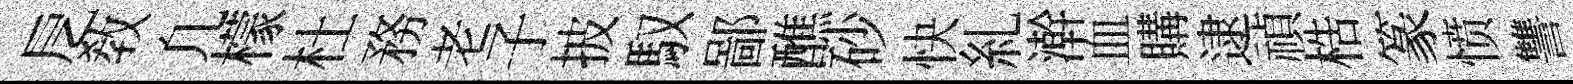
戹敎凢檬杜務老子披馭鄙醮砂快糺澣血購逮禎梏篆愤讐